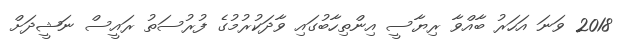
2018 ވަނަ އަހަރު ބާއްވާ ރިޔާސީ އިންތިހާބުގައި ވާދަކުރުމުގެ ފުރުސަތު ރައީސް ނަޝީދަށް